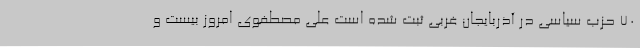
70 حزب سیاسی در آذربایجان غربی ثبت شده است علی مصطفوی امروز بیست و